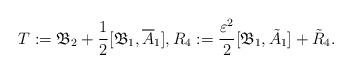
LaTeX: \begin{align*}T:=\mathfrak{B}_2+\frac{1}{2} [\mathfrak{B}_1, \overline{A}_1], R_4:=\frac{\varepsilon^2}{2} [\mathfrak{B}_1, \tilde{A}_1]+\tilde{R}_4.\end{align*}